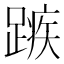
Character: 𮜆